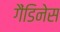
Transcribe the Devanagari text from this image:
गैंडिनेस